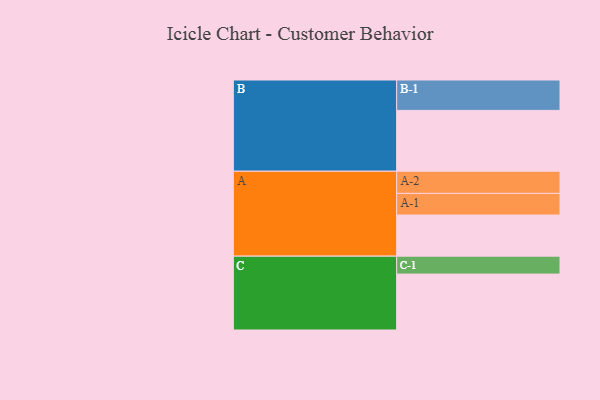
{"axis": {"x": "Segment", "y": "Value"}, "legend": ["", "A", "B", "C"], "data": [{"x": "A", "y": 390, "type": ""}, {"x": "B", "y": 577, "type": ""}, {"x": "C", "y": 530, "type": ""}, {"x": "A-1", "y": 205, "type": "A"}, {"x": "A-2", "y": 210, "type": "A"}, {"x": "B-1", "y": 288, "type": "B"}, {"x": "C-1", "y": 170, "type": "C"}]}